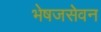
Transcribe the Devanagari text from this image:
भेषजसेवन